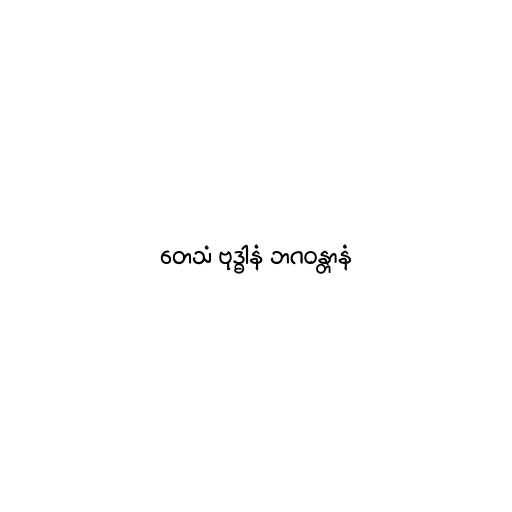
တေသံ ဗုဒ္ဓါနံ ဘဂဝန္တာနံ